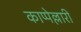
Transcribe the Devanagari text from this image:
काप्पेल्लारी